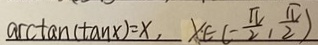
\arctan ( \tan x ) = x , x \in ( - \frac { \pi } { 2 } , \frac { \pi } { 2 } )